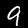
Label: 9